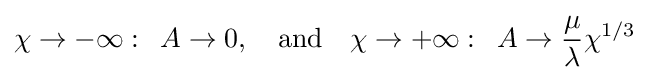
\chi \to -\infty :\,\,\,A\to 0,\quad {\text{and}}\quad \chi \to +\infty :\,\,\,A\to {\frac {\mu }{\lambda }}\chi ^{1/3}